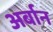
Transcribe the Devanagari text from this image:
अर्बान